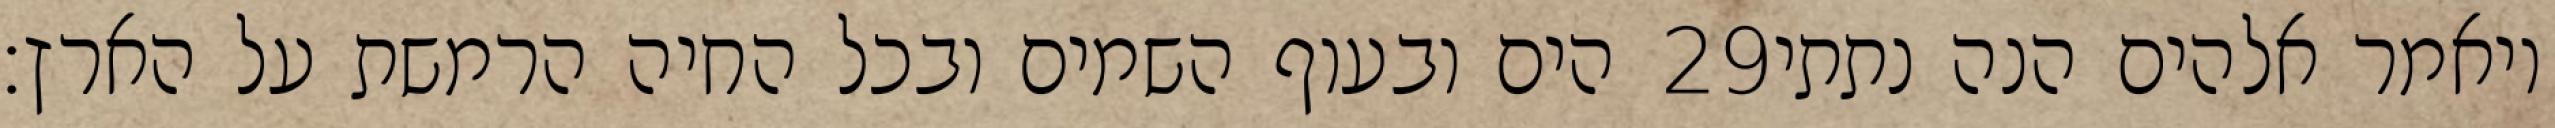
הים ובעוף השמים ובכל החיה הרמשת על הארץ׃ ‎29‏ ויאמר אלהים הנה נתתי